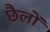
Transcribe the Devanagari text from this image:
छैलों